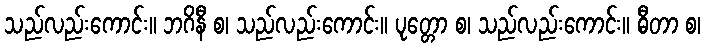
သည်လည်းကောင်း။ ဘဂိနီ စ၊ သည်လည်းကောင်း။ ပုတ္တော စ၊ သည်လည်းကောင်း။ ဓီတာ စ၊